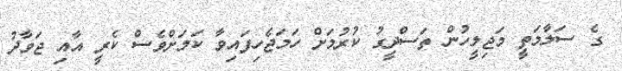
ގެ ސަލާމަތީ މަޖިލީހުން ތަސްދީގު ކުރުމަށް ހަމަޖެހިފައިވާ ކަމަށްވެސް ކެރީ އާއި ޖަވާދު